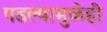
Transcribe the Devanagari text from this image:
पडल्यामुळेही